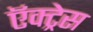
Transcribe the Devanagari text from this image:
ऍक्ट्रेस